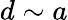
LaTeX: d\sim a